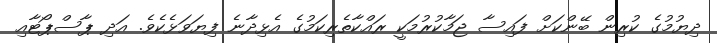
ދިޔުމުގެ ކުރިން ބޭންކަށް ފައިސާ ޖަމާކުރުމަކީ ރައްކާތެރިކަމުގެ އެޅިދާނެ ފިޔަވަޅެކެވެ. އަދި ޕާސްޕޯޓާއި